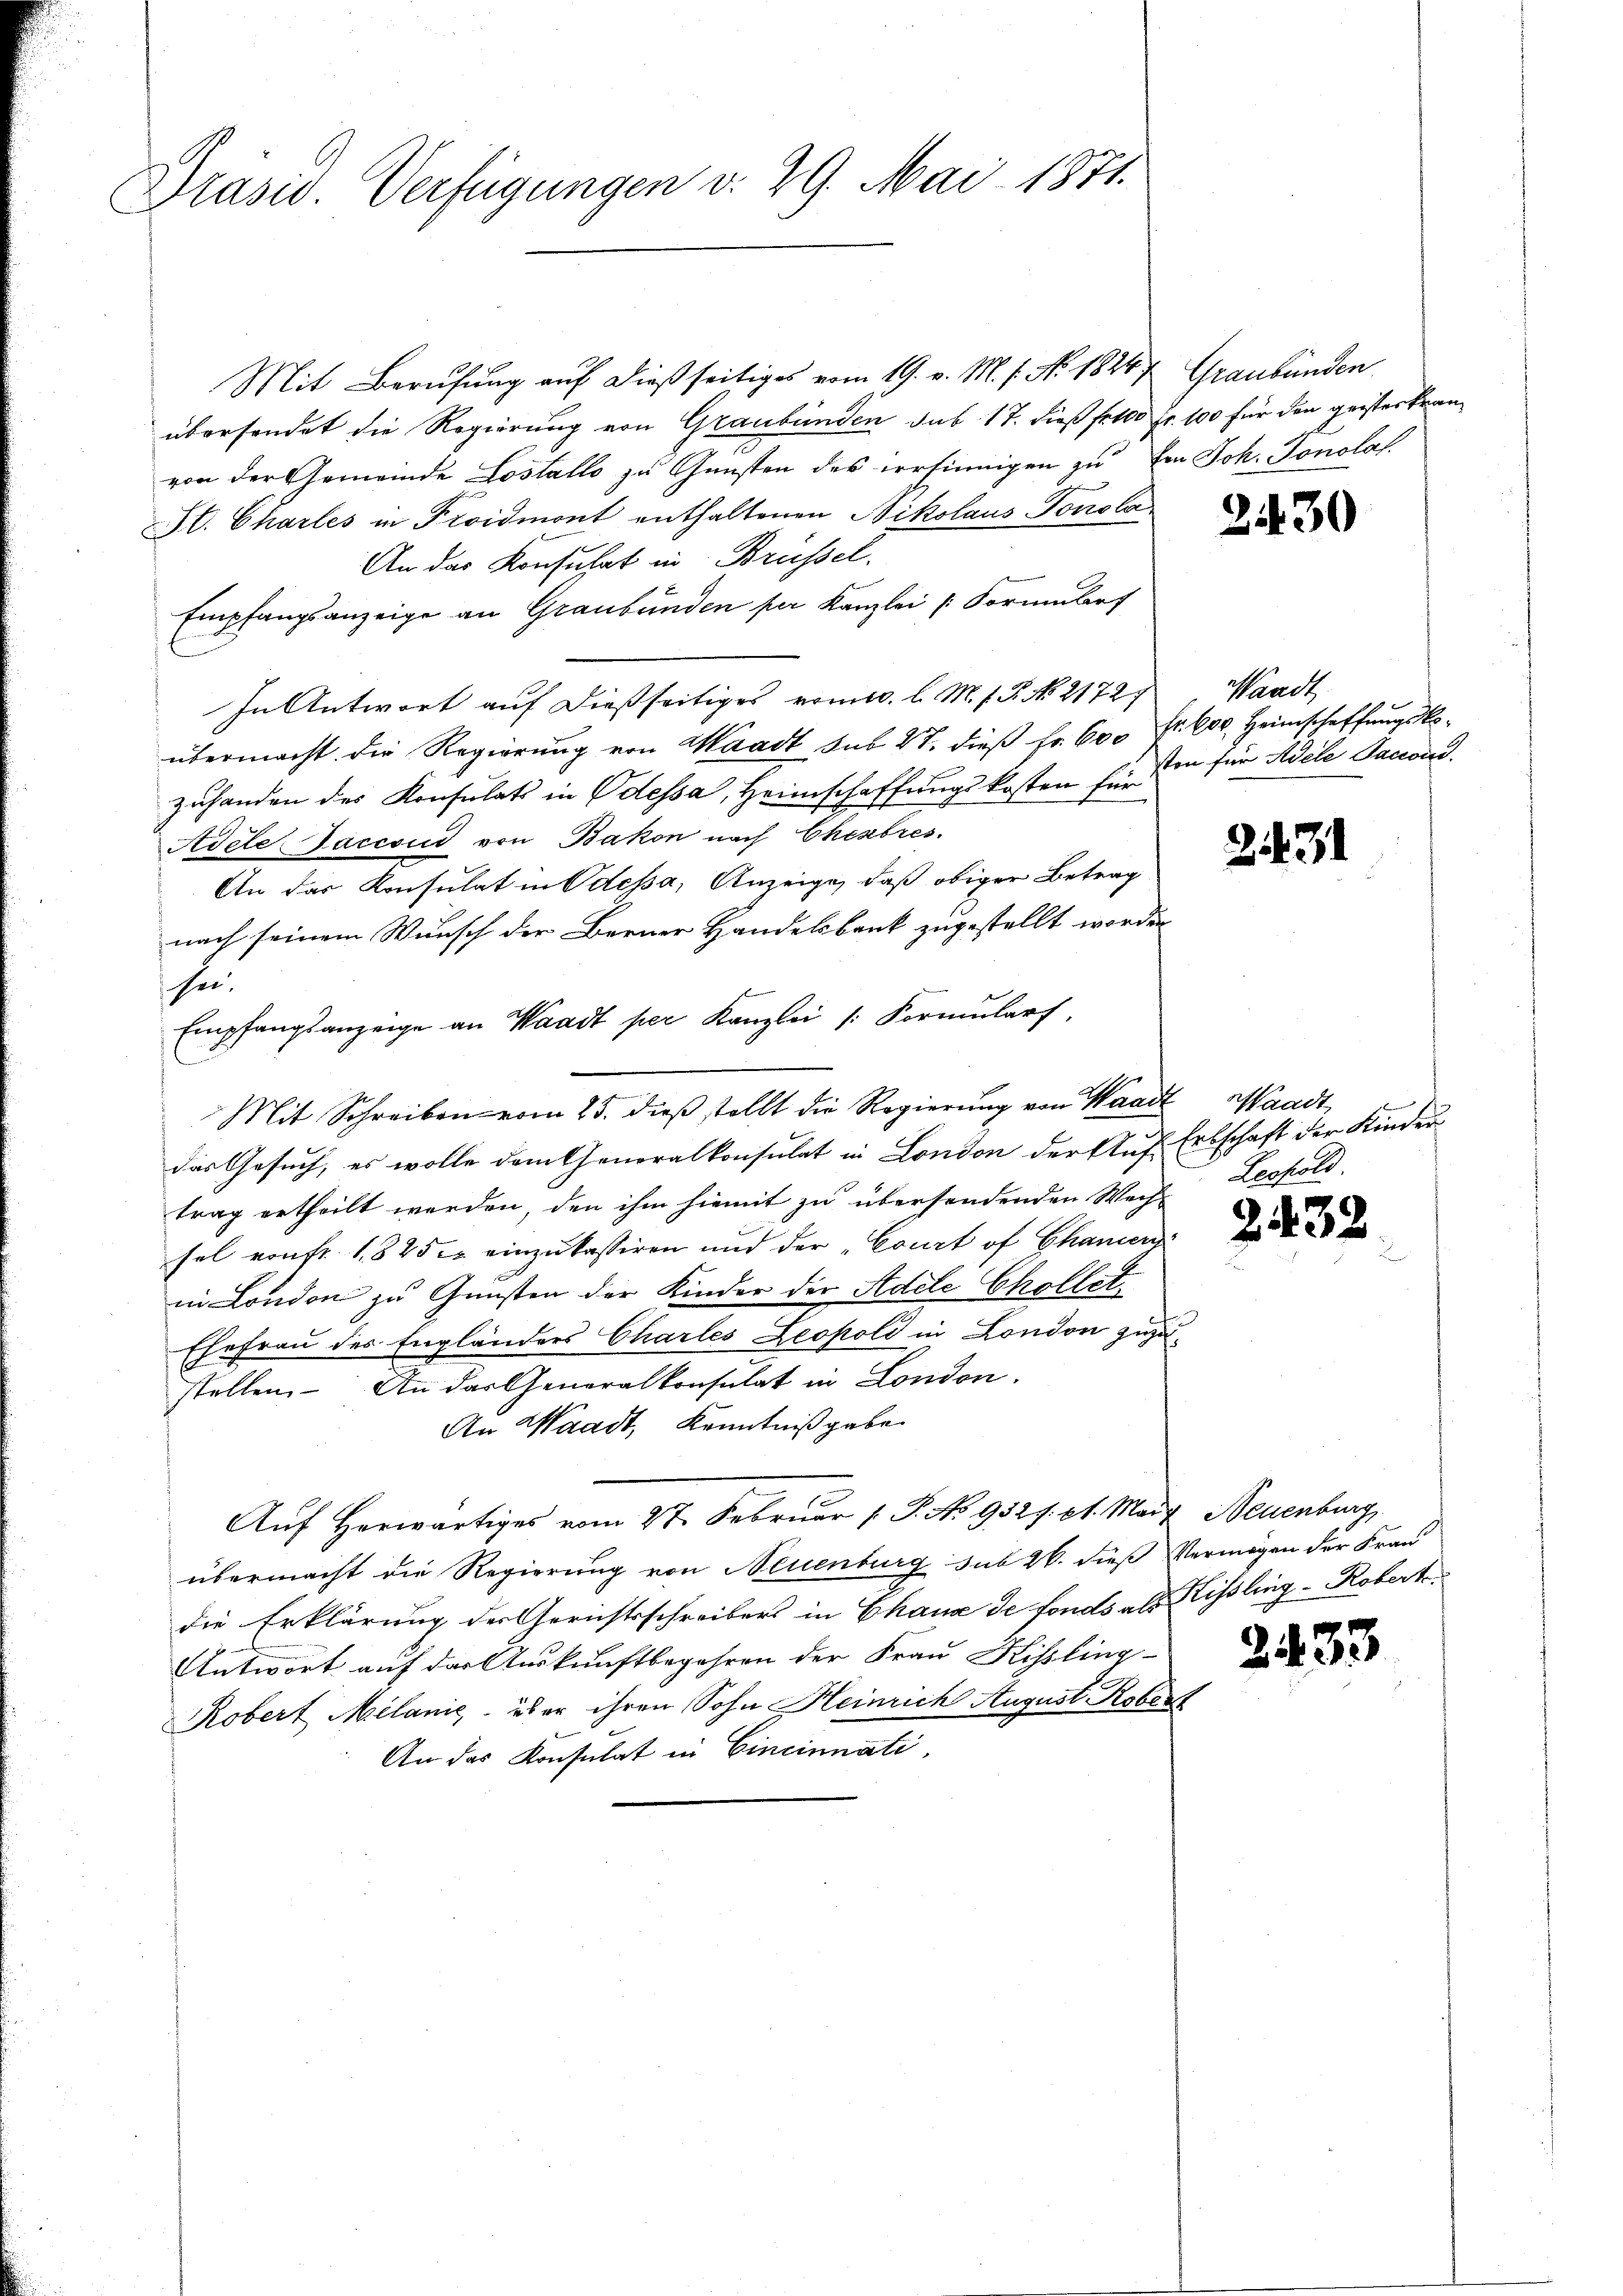
Präsid. Verfügungen v. 29. Mai 1871.

Mit Berufung auf dießseitiges vom 19. v. M. f. No. 1824, Graubünden
übersendet die Regierung von Graubünden sub 17. dieß fr 400 Fr. 100 für den geisterkranvon der Gemeinde Lostallo zu Gunsten des irrsinnigen zu Ein Joh. Jonolas
St. Charles in Proidmont enthaltenen Nikolaus Tomola
An das Konsulat in Brüssel.
Empfangsanzeige an Graubünden per Kanzlei Formularf
In Antwort auf dießseitiges vom 10. l. M. h. T. No. 21727
übermacht die Regierung von Waadt sub 27. dieß fr. 600 Fr. 600. Heimschaffungskozuhanden des Konsulats in Odessa, Heimschaffungskosten für
Adele Jaccoud von Bakon nach Ehebres.
An das Konsulat in Odessa, Anzeige, daß obiger Betrag
nach seinem Wunsch der Berner Handelsbank zugestellt worden
hei¬
Empfangsanzeige an Waadt per Kanzlei /: Formŭlarf
Mit Schreiben vom 25. dieβ stellt die Regierŭng von Waadt Waadt
das Gesuch, es wolle dem Generalkonsulat in London der Auf Erbschaft der Kinder
trag ertheilt werden, den ihm hiemit zu übersendenden Wech-
sel von fr. 1825. einzukassiren und der „Court of Chamerg
in London zu Gunsten der Kinder der Adele Chollet¬
Ehefrau des Engländers Charles Leopold in London zuzustellen. An das Generalkonsulat in London.
An Waadt, Kenntnißgabe.
Auf herwärtiges vom 27. Februar ( P. No 9521. et. Mart Neuenburg,
übermacht die Regierung von Neuenburg sub 26. dieß Vermögen der Frau
die Erklärung der Gerichtsschreibers in Chana de fonds als Kissling-Robert
Antwort auf der Auskunftbegehren der Frau Kissling-
Robert Melanić über ihren Sohn Heinrich August. Roberst
An das Konsulat in Cincinnati,

3430

Waadt
ston für Adele Panon.

2131

Lesfeld.

2432

2433